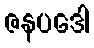
ဇနပဒေါ